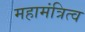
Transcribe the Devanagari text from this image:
महामंत्रित्व